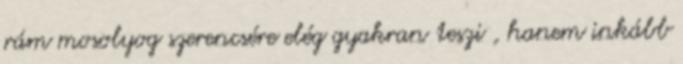
rám mosolyog szerencsére elég gyakran teszi , hanem inkább